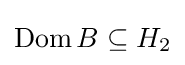
\operatorname {Dom} B\subseteq H_{2}